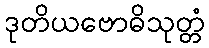
ဒုတိယဗောဓိသုတ္တံ